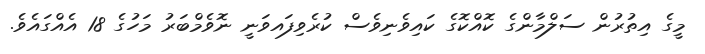
މީގެ އިތުރުން ސަލްމާންގެ ކޮއްކޮގެ ކައިވެނިވެސް ކުރެވިފައވަނީ ނޮވެމްބަރު މަހުގެ 18 އެއްގައެވެ.